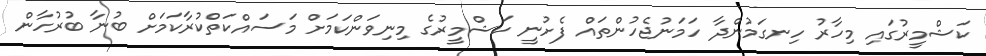
ކަޝްމީރުގައި މިހާރު ހިނގަމުންދާ ހަމަނުޖެހުންތައް ފެށުނީ ކަޝްމީރުގެ މިނިވަންކަމަށް މަސައްކަތްކުރާކަމަށް ބުނާ ބުރުހާން